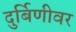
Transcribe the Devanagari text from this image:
दुर्बिणीवर